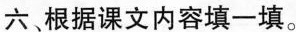
六根据课文内容填一填。